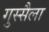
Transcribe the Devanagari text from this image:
गुस्सैला